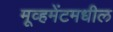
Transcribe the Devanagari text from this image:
मूव्हमेंटमधील